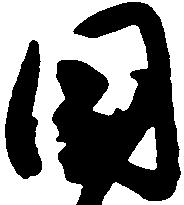
国